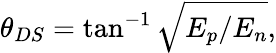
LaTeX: \theta_{DS}=\tan^{-1}\sqrt{E_{p}/E_{n}},